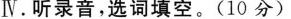
Ⅳ.听录音,选词填空.(10分)